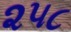
૨૫૮